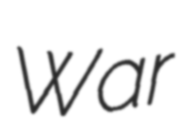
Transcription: War